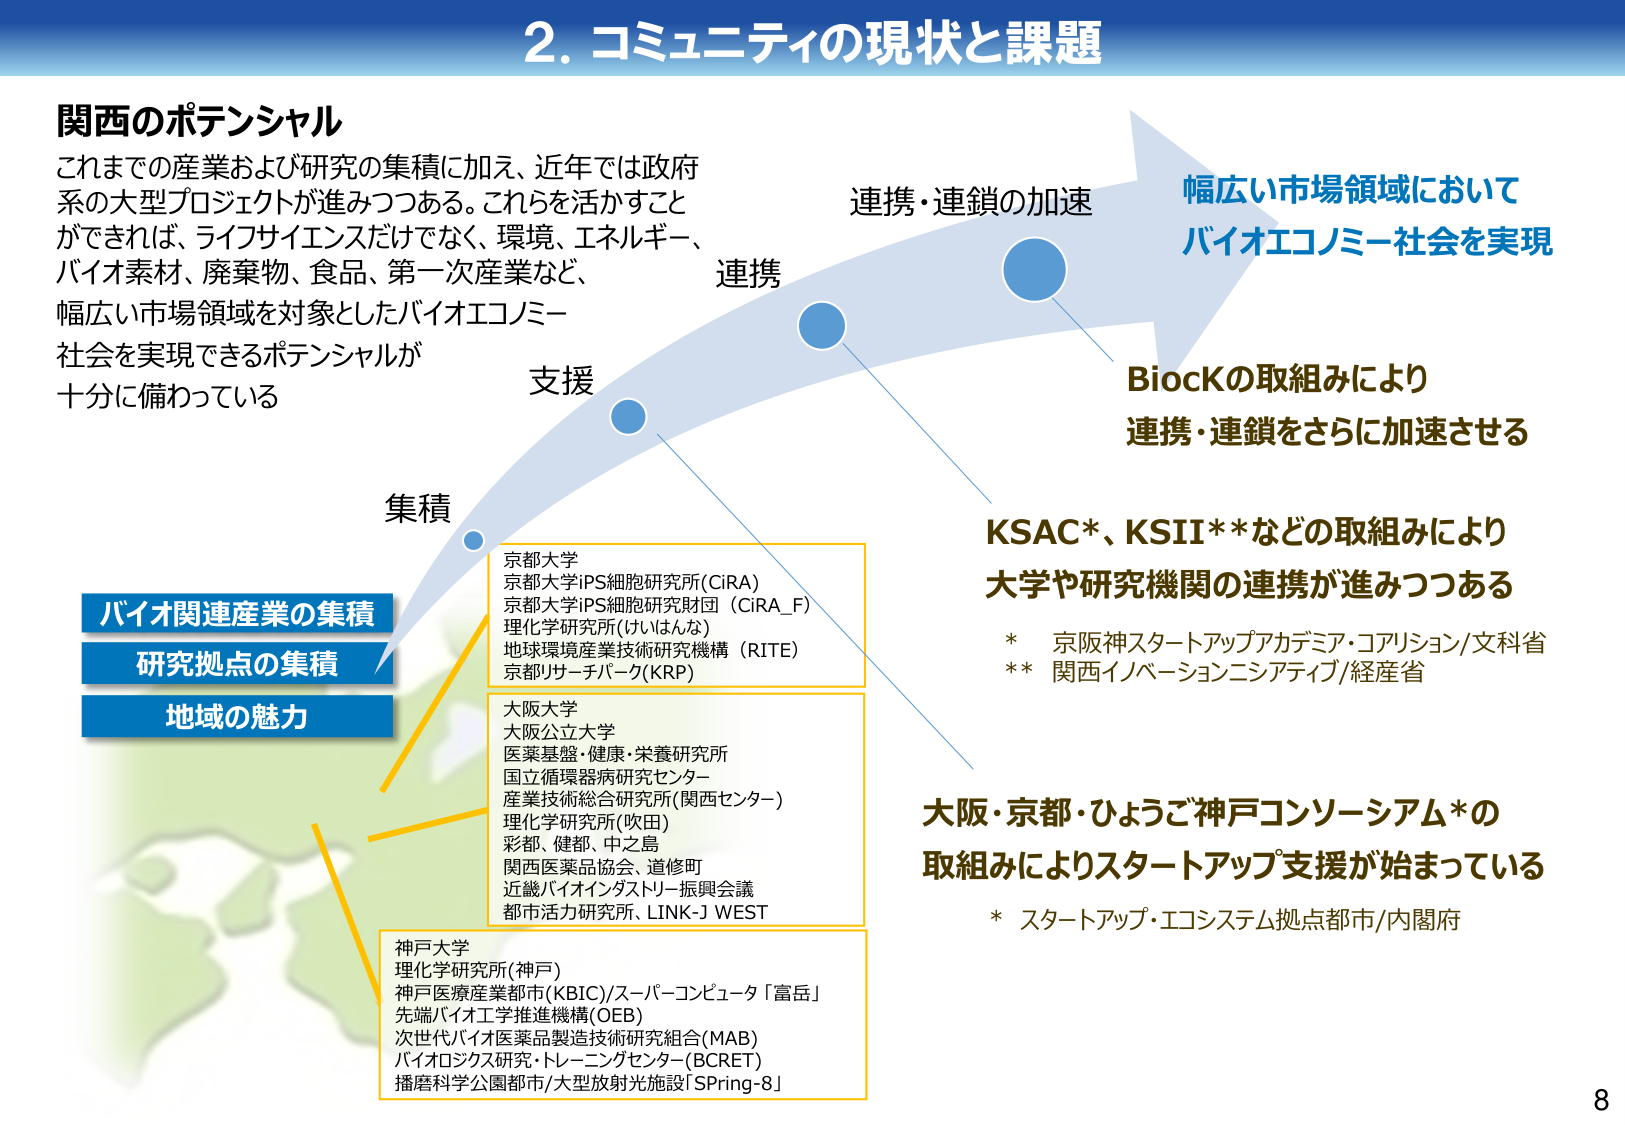
2. コミュニティの現状と課題

関西のポテンシャル
これまでの産業および研究の集積に加え、近年では政府
系の大型プロジェクトが進みつつある。これらを活かすこと
ができれば、ライフサイエンスだけでなく、環境、エネルギー、
バイオ素材、廃棄物、食品、第一次産業など、
幅広い市場領域を対象としたバイオエコノミー
社会を実現できるポテンシャルが
十分に備わっている

連携・連鎖の加速
幅広い市場領域において
バイオエコノミー社会を実現

BiocKの取組みにより
連携・連鎖をさらに加速させる

KSAC*、KSII**などの取組みにより
大学や研究機関の連携が進みつつある
* 京阪神スタートアップアカデミア・コアリション/文科省
** 関西イノベーションニティプ/経産省

大阪・京都・ひょうご神戸コンソーシアム*の
取組みによりスタートアップ支援が始まっている
* スタートアップ・エコシステム拠点都市/内閣府

バイオ関連産業の集積
研究拠点の集積
地域の魅力

集積
支援
連携

京都大学
京都大学iPS細胞研究所(CiRA)
京都大学iPS細胞研究財団 (CiRA_F)
理化学研究所(はいはんな)
地球環境産業技術研究機構 (RITE)
京都リサーチパーク(KRP)

大阪大学
大阪公立大学
医薬基盤・健康・栄養研究所
国立循環器病研究センター
産業技術総合研究所(関西センター)
理化学研究所(吹田)
彩都、健都、中之島
関西医薬品協会、道修町
近畿バイオインダストリー振興会議
都市活力研究所、LINK-J WEST

神戸大学
理化学研究所(神戸)
神戸医療産業都市(KBIC)/スーパーコンピュータ「富岳」
先端バイオ工学推進機構(OEB)
次世代バイオ医薬品製造技術研究組合(MAB)
バイオロジクス研究・トレーニングセンター(BCRET)
播磨科学公園都市/大型放射光施設「SPring-8」

8